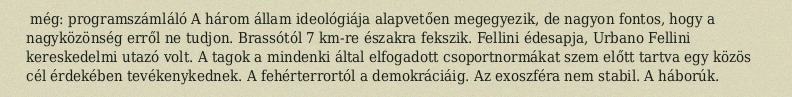
még: programszámláló A három állam ideológiája alapvetően megegyezik, de nagyon fontos, hogy a nagyközönség erről ne tudjon. Brassótól 7 km-re északra fekszik. Fellini édesapja, Urbano Fellini kereskedelmi utazó volt. A tagok a mindenki által elfogadott csoportnormákat szem előtt tartva egy közös cél érdekében tevékenykednek. A fehérterrortól a demokráciáig. Az exoszféra nem stabil. A háborúk.